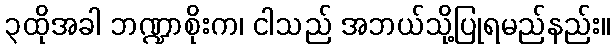
၃ထိုအခါ ဘဏ္ဍာစိုးက၊ ငါသည် အဘယ်သို့ပြုရမည်နည်း။